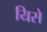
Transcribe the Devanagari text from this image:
यिसे